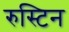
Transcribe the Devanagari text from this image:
रुस्टिन